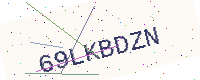
Text: 69LKBDZN